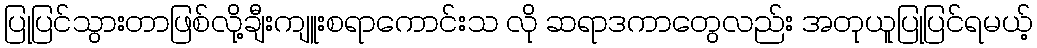
ပြုပြင်သွားတာဖြစ်လို့ချီးကျူးစရာကောင်းသ လို ဆရာဒကာတွေလည်း အတုယူပြုပြင်ရမယ့်